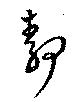
靜